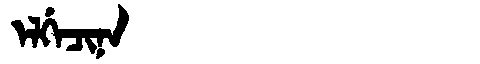
Manchu: ᡝᠯᡤᡝᠴᡳᠨᠠ
Romanization: ELGECINA